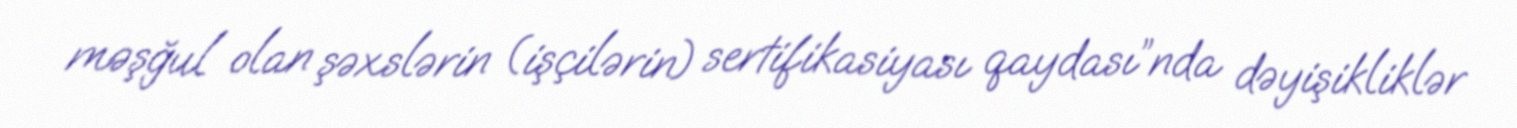
məşğul olan şəxslərin (işçilərin) sertifikasiyası qaydası”nda dəyişikliklər